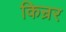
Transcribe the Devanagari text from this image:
किन्रर